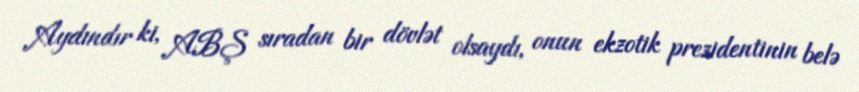
Aydındır ki, ABŞ sıradan bir dövlət olsaydı, onun ekzotik prezidentinin belə